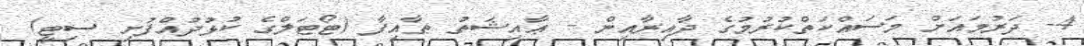
4- ދަރުމައަށް މަސައްކަތްކުރުމުގެ ދާއިރާއިން - ޢާއިޝަތު ޠާއިފާ (ޓޯޓަލްގެ ކުޅުދުއްފުށި ސިޓީ)